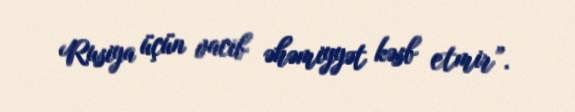
Rusiya üçün vacib əhəmiyyət kəsb etmir”.